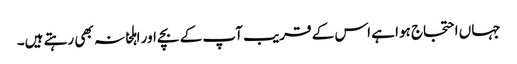
جہاں احتجاج ہوا ہے اس کے قریب آپ کے بچے اور اہلخانہ بھی رہتے ہیں۔